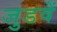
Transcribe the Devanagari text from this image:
जुडवें